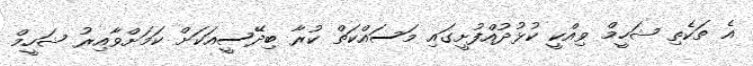
އެ ތަކެތި ޝަހީމް ވިއްކީ ކުޅުދުއްފުށީގައި މަސައްކަތް ކުރާ ބިދޭސީއަކަށް ކަމަށްވާއިރު ޝަހީމް